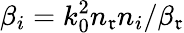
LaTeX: \beta_{i}=k_{0}^{2}n_{\mathfrak{r}}n_{i}/\beta_{\mathfrak{r}}